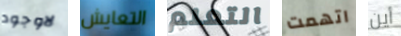
لاوجود التعايش التعلم اتهمت أين